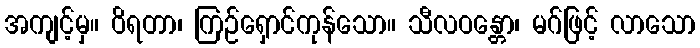
အကျင့်မှ။ ဝိရတာ၊ ကြဉ်ရှောင်ကုန်သော။ သီလဝန္တော၊ မဂ်ဖြင့် လာသော